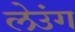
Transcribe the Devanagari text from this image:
लेउंग